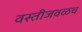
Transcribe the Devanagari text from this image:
वस्तीजवळच